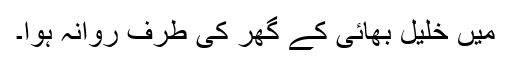
مَیں خلیل بھائی کے گھر کی طرف روانہ ہوا۔